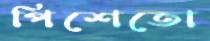
পিশেতো